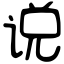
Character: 说